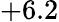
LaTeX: +6.2